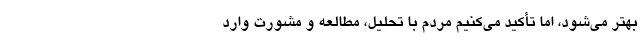
بهتر می‌شود، اما تأکید می‌کنیم مردم با تحلیل، مطالعه و مشورت وارد